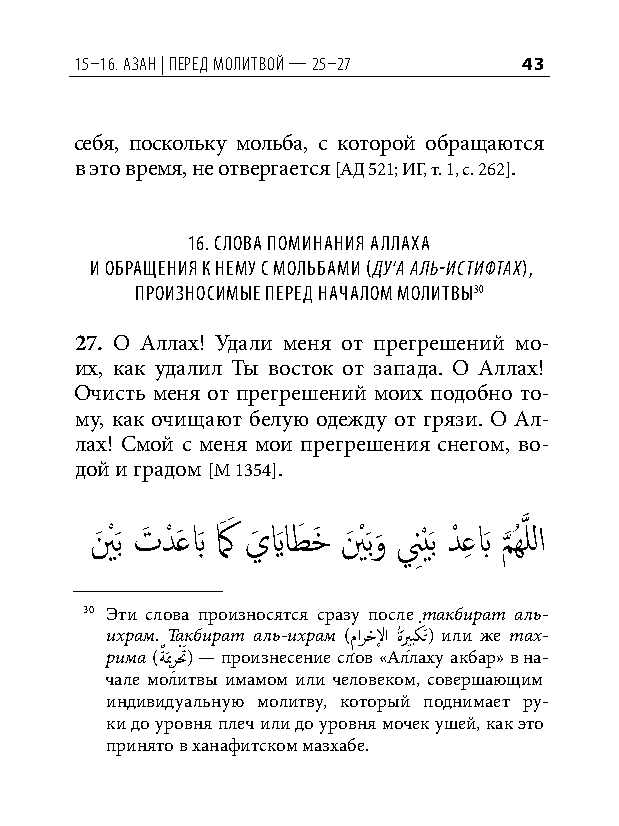
15–16. азан | Перед молитвой — 25–27 43
 себя, поскольку мольба, с которой обращаются
 в это время, не отвергается [АД 521; ИГ, т. 1, с. 262].
 16. Слова поминания аллаха
 и обращения к нему С мольбами (ду‘а аль-истифтах),
 произноСимые перед началом молитвы30
 27. О Аллах! Удали меня от прегрешений мо-
 их, как удалил Ты восток от запада. О Аллах!
 Очисть меня от прегрешений моих подобно то-
 му, как очищают белую одежду от грязи. О Ал-
 лах! Смой с меня мои прегрешения снегом, во-
 дой и градом [М 1354].
 ينَ ْ َب تَ دْ َعبَ كَ َ يَ يَ اطَ خَ ينَ ْ َبو
 َ
 نِْيَب دْ عِ بَ م
 َّذ
 ُهَّذ للا
 30 Эти слова произносятся сразу после такбират аль-
 ихрам. Такбират аль-ихрам (م ِارحْلا
 ةُيَِبكْ
 تَ) или же тах-
 рима
 (ةٌَيمرِتَْ
 ) — произнесение слов «Аллаху акбар» в на-
 чале молитвы имамом или человеком, совершающим
 индивидуальную молитву, который поднимает ру-
 ки до уровня плеч или до уровня мочек ушей, как это
 принято в ханафитском мазхабе.